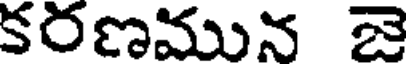
కరణమున జె